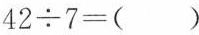
$$4 2 ÷ 7= ( )$$